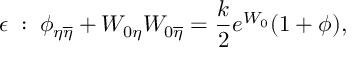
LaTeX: \epsilon \; : \; { \phi } _ { \eta \overline { { { \eta } } } } + W _ { 0 \eta } W _ { 0 \overline { { { \eta } } } } = { \frac { k } { 2 } } e ^ { W _ { 0 } } ( 1 + \phi ) ,